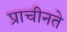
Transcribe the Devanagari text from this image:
प्राचीनते